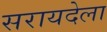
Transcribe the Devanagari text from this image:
सरायदेला